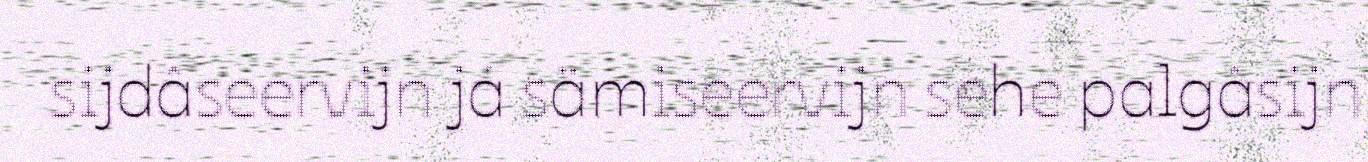
sijdâseervijn já sämiseervijn sehe palgâsijn